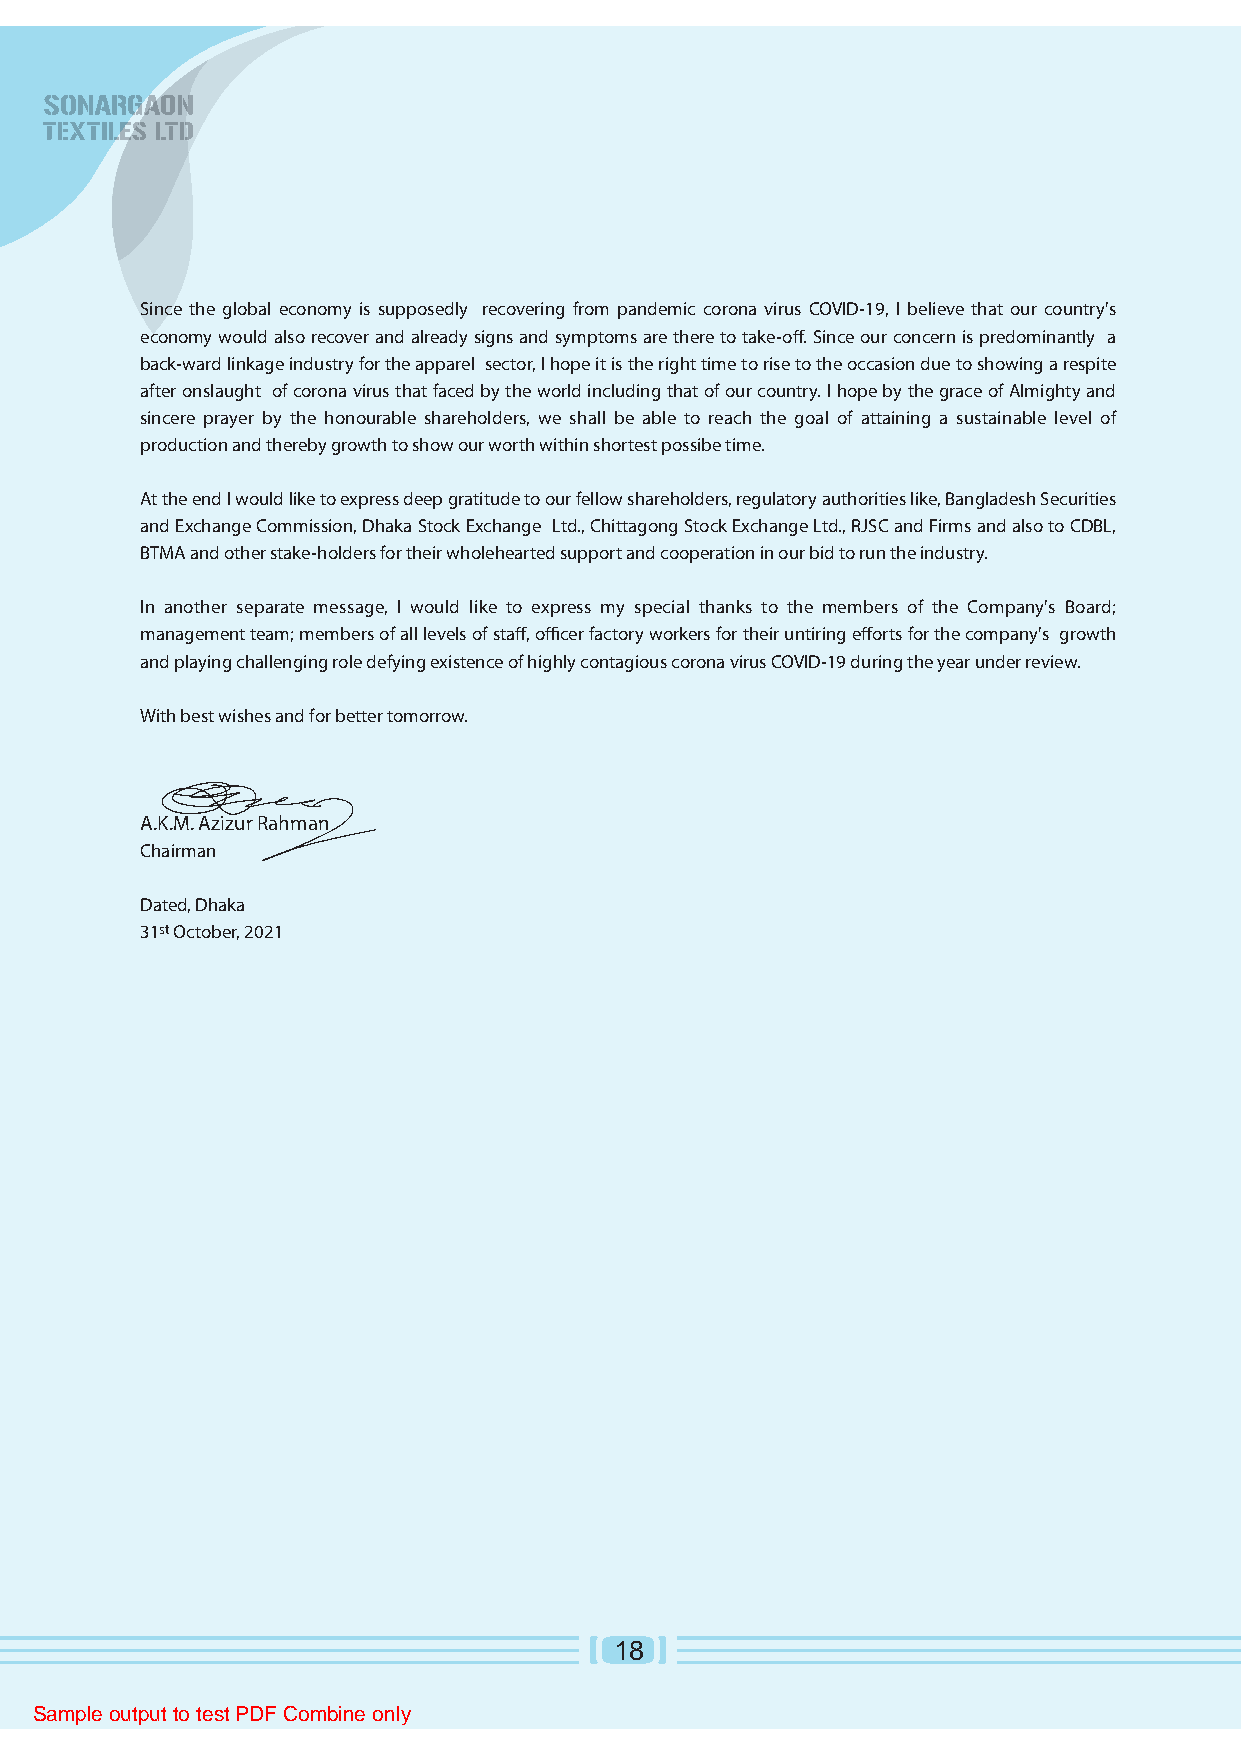
Since the global economy is supposedly recovering from pandemic corona virus COVID-19, I believe that our country's
 economy would also recover and already signs and symptoms are there to take-off. Since our concern is predominantly a
 back-ward linkage industry for the apparel sector, I hope it is the right time to rise to the occasion due to showing a respite
 after onslaught of corona virus that faced by the world including that of our country. I hope by the grace of Almighty and
 sincere prayer by the honourable shareholders, we shall be able to reach the goal of attaining a sustainable level of
 production and thereby growth to show our worth within shortest possibe time.
 At the end I would like to express deep gratitude to our fellow shareholders, regulatory authorities like, Bangladesh Securities
 and Exchange Commission, Dhaka Stock Exchange Ltd., Chittagong Stock Exchange Ltd., RJSC and Firms and also to CDBL,
 BTMA and other stake-holders for their wholehearted support and cooperation in our bid to run the industry.
 In another separate message, I would like to express my special thanks to the members of the Company's Board;
 management team; members of all levels of staff, officer factory workers for their untiring efforts for the company's growth
 and playing challenging role defying existence of highly contagious corona virus COVID-19 during the year under review.
 With best wishes and for better tomorrow.
 A.K.M. Azizur Rahman
 Chairman
 Dated, Dhaka
 31st October, 2021
 18
 Sample output to test PDF Combine only